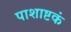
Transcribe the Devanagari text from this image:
पाशाष्टकं